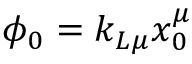
\phi _ { 0 } = k _ { L \mu } x _ { 0 } ^ { \mu }